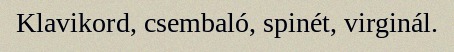
Klavikord, csembaló, spinét, virginál.